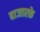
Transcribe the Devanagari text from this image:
बाजारके